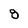
Character: 8